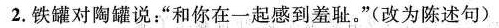
2.铁罐对陶罐说：”和你在一起感到羞耻。”(改为陈述句)